Sketch of the medical history of the native army of Bombay, for the year
Year: 1872
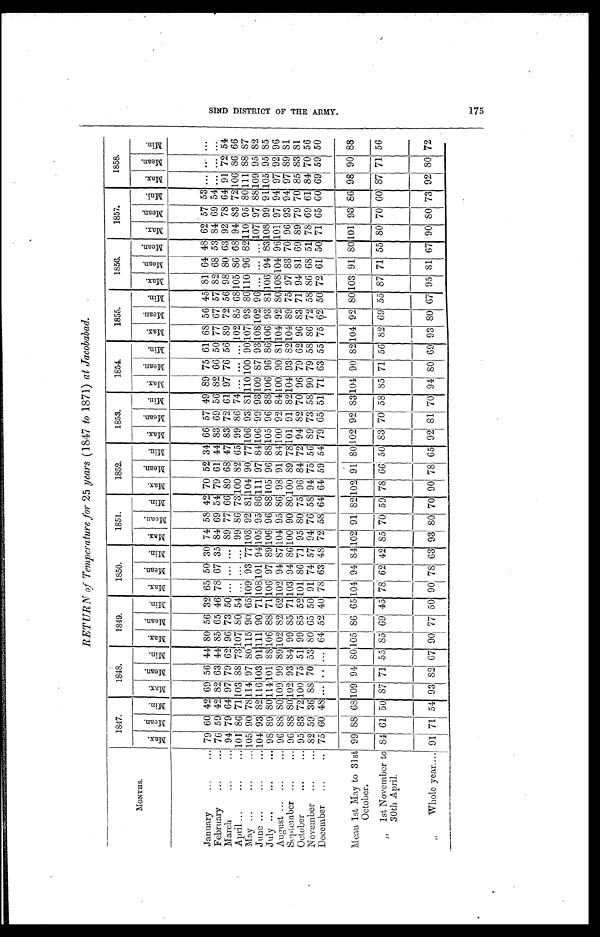
RETURN of Temperature for 25 years ( 1847 to 1871) at Jacobabad.
M O N T H S .
1847.
1848.
1849.
1850.
1851.
1852.
1853.
1854.
1855.
1856.
1857.
1858.
M a x .
M e a n .
M i n .
M a x .
M e a n .
M i n .
M a x .
M e a n .
M i n .
M a x .
M e a n .
M i n .
M a x .
M e a n .
M i n .
M a x . M e a n .
M i n .
M a x . M e a n .
M i n .
M a x . M e a n .
M i n .
M a x . M e a n .
M i n .
M a x . M e a n .
M i n .
M a x . M e a n .
M i n .
M a x .
M e a n .
M i n .
January
79 60 42 69 56 44 80 56 32 65 50 30 74 58 42 70 52 34 66 57 49 89 75 61 68 56 45 81 64 48 62 57 53 ... ... ...
February
76 59 42 82 63 44 85 65 46 78 67 35 84 69 54 79 61 44 83 69 56 82 66 50 77 67 57 82 68 53 84 69 54 ... ...
. . .
March
94 79 64
9 7
79 62 96 73 50
. . .
... ... 89 77 66 89 68 47 83 72 61 97 76 56 89 72 56 98 80 63 92 78 64 91 72 54
April
1 0 1
86 71
1 0 3
88
7 3
1 0 7
80 54
. . .
... ... 99 86
7 3
1 0 0
82 65 99 86 74 ...
. . .
. . .
102 85 68 105 86 68 94 83
7 2
1 0 6
86 66
May
1 0 5
90 78
1 1 4
97
8 0
1 1 5
90 65
1 0 9
93 77 103 92 81
1 0 4
90 77 106 93 81 110 100
9 0
107 93
8 0
1 1 0
96 82 110 95 80 111 88 87
June
1 0 4
93
8 2
1 1 6
1 0 3
9 1
111 90
7 1
1 0 8
1 0 1
9 4
105 95
8 6
111 97
8 4
1 0 6
99
9 3
1 0 9
87
9 3
1 0 8
1 0 2
96 ... ... ... 107 97 88
1 0 9
95 82
July
98 89
8 0
1 1 4
1 0 1
8 8
8 8
88
7 1
1 0 6
97 89 106 96
8 8
105 96
8 8
1 0 5
96 88 106 96 86 106 93 81
1 0 6
94
8 3
108 99 91
1 0 5
95 85
August
96 88
8 0
1 0 9
99 89
8 9
82 62 102 94 87 104 95 86 98 91 84 100 92 84 100 90 81 104 92 80 108104 96 101 97 94 97 92 96
September
96
8 8 8 0
1 0 2
93 84 99 85 71 103 94 86 100 90
8 0
1 0 0
89 78 101 91 82 104 93 82 104 89 75
9 7
83 70 96 93 94 97 89 81
October
95 83 72 100 75 51 99 85 52 101 86 71 95 80 75 96 84 72 94 82 70 96 79 62 96 83 71 94 81 69 89 79 70 85 83 81
November
82 59 36 88 70 53 80 65 50 91 74 57 94 76 58 94 75 56 89 73 58 90 79 58
8 6
72 58 86 68 51 78 69 61 84 70 56
December
75 60 48 ... ... ... 64 52 40 78 63 48 72 58 64 64 59 54 79 65 51 71 63 55 75 62 50 72 61 50 71 65
6 0
69 59 50
Mean 1st May to 31st October. 99
8 8
68 109 94
8 0
1 0 5
86 65
1 0 4
94 84
1 0 2
91
8 2
1 0 2
91 80 102 92 83
1 0 4
90 82 104 92 80
1 0 3
91 80 101 93 86 98 90 88
" 1st November t o 30t h Apri l . 84 61 50 87 71 55 85 69 45 78 62 42 85 70 59 78 66 50 83 70 58 85 71 56 82 69 55 87 71 55 80 70
6 0
87 71 56
" Whole year 91
7 1
54 93 82 67 90
7 7
5 0
90 78 63 93 80 70 90 78 65 92 81 70 94 80 69 93 80 67 95 81 67 90 80 73 92 80 72
S I N D D I S T R I C T O F T H E A R M Y . 1 7 5